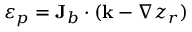
\varepsilon _ { p } = { \bf J } _ { b } \cdot ( { \bf k } - \nabla z _ { r } )